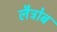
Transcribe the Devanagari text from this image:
लैट्रोब